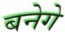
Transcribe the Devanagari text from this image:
बनेगे